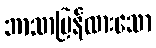
ဘာသာပြန်ထားသော